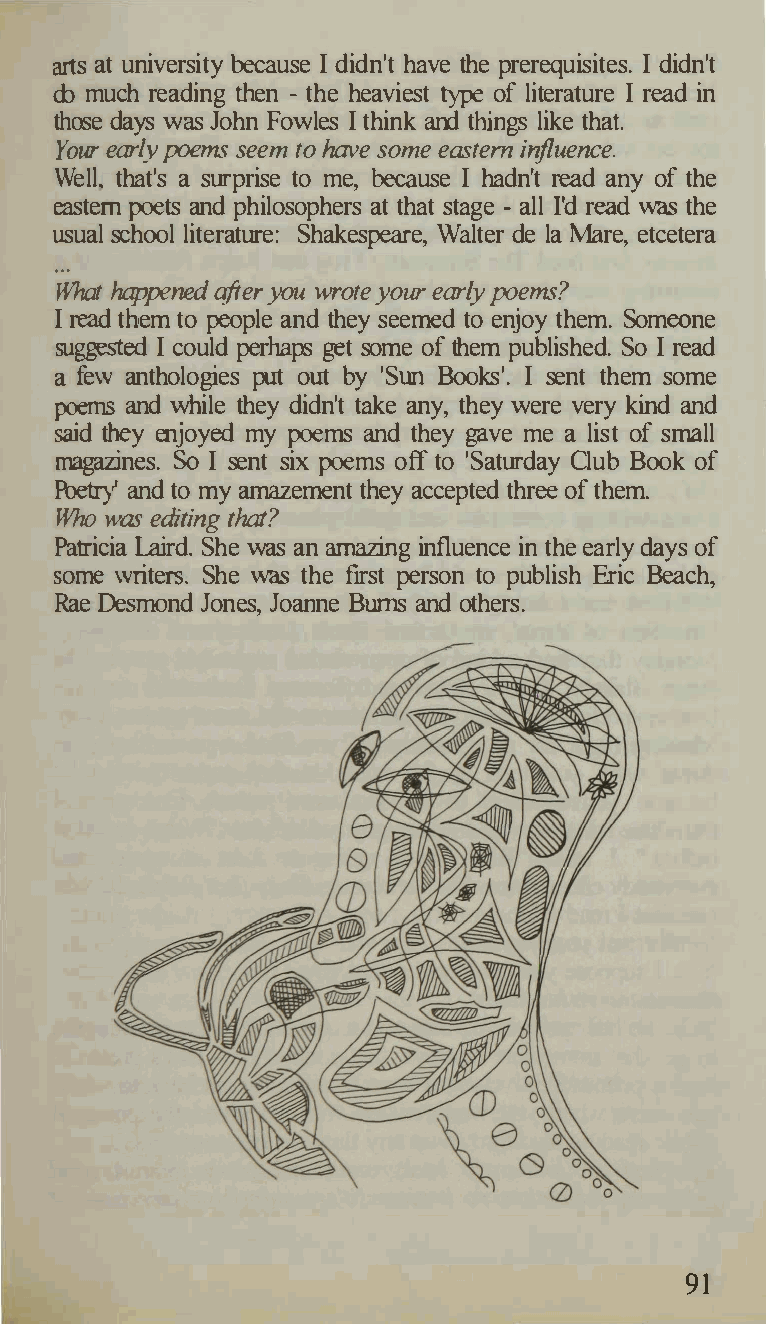
arts at university because I didn't have the prerequisites. I didn't
 do much reading then - the heaviest type of literature I read in
 those days was John Fowles I think and things like that.
 Yoeurar ylpoe ms seem toe  ashavteie riflrnsu oemnec e.
 Welt that's a surprise to me, because I hadn't read any of the
 eastern poets and philosophers at that stage - all fd read was the
 usual school literature: Shakespeare, Walter de la Mare, etcetera
 ...
 Whathap pe nedaft eyro wur oytoeeur ar polye ms?
 I read them to people and they seemed to enjoy them. Someone
 su�ed I could perhaps get some of them published. So I read
 a few anthologies put out by 'Sun Books'. I sent them some
 poems and while they didn't take any, they were very kind and
 said they enjoyed my poems and they gave me a list of small
 magazines. So I sent six poems off to 'Saturday Club Book of
 Poetry' and to my amazement they accepted three of them.
 Who ·weasdi ttihatn?g
 Patricia Laird. She was an amazing influence in the early days of
 some writers. She was the first person to publish Eric Beach,
 Rae Desmond Jones, Joanne Bums and others.
 91